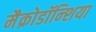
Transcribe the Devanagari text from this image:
मैक्रोडॉन्शिया